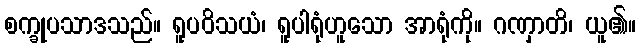
စက္ခုပသာဒသည်။ ရူပဝိသယံ၊ ရူပါရုံဟူသော အာရုံကို။ ဂဏှာတိ၊ ယူ၏။